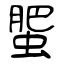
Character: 蜰